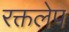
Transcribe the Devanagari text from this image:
रक्तलेप